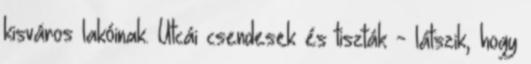
kisváros lakóinak. Utcái csendesek és tiszták - látszik, hogy